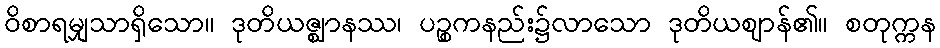
ဝိစာရမျှသာရှိသော။ ဒုတိယဇ္ဈာနဿ၊ ပဉ္စကနည်း၌လာသော ဒုတိယဈာန်၏။ စတုက္ကန